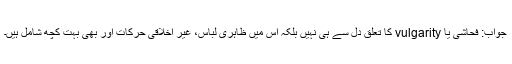
جواب: فحاشی یا vulgarity کا تعلق دل سے ہی نہیں بلکہ اس میں ظاہری لباس، غیر اخلاقی حرکات اور بھی بہت کچھ شامل ہیں۔